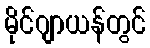
မိုင်ဂျာယန်တွင်